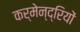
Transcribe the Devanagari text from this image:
कर्मेन्द्रियों